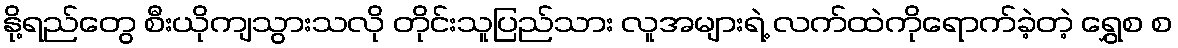
နို့ရည်တွေ စီးယိုကျသွားသလို တိုင်းသူပြည်သား လူအများရဲ့ လက်ထဲကိုရောက်ခဲ့တဲ့ ရွှေစ စ